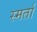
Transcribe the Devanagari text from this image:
स्मर्ता